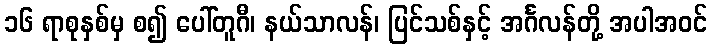
၁၆ ရာစုနှစ်မှ စ၍ ပေါ်တူဂီ၊ နယ်သာလန်၊ ပြင်သစ်နှင့် အင်္ဂလန်တို့ အပါအဝင်